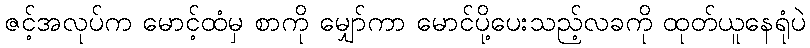
ဇင့်အလုပ်က မောင့်ထံမှ စာကို မျှော်ကာ မောင်ပို့ပေးသည့်လခကို ထုတ်ယူနေရုံပဲ